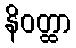
နိဝတ္ထာ